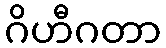
ဂိဟီဂတာ